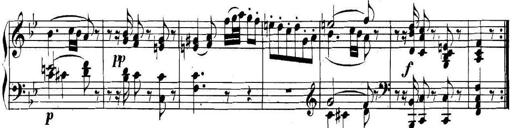
Title: Collected Piano Sonatas
Composer: Muzio Clementi